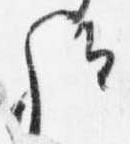
歟